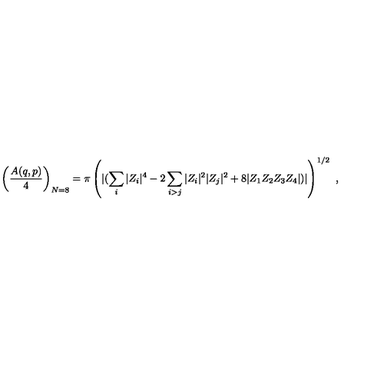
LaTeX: \left( { \frac { A ( q , p ) } { 4 } } \right) _ { N = 8 } = \pi \left( { | ( \sum _ { i } | Z _ { i } | ^ { 4 } - 2 \sum _ { i > j } | Z _ { i } | ^ { 2 } | Z _ { j } | ^ { 2 } + 8 | Z _ { 1 } Z _ { 2 } Z _ { 3 } Z _ { 4 } | } ) | \right) ^ { 1 / 2 } \ ,